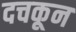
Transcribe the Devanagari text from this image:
दचकून